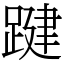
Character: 踺